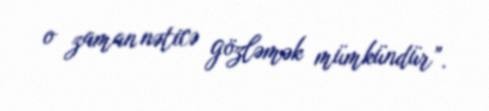
o zaman nəticə gözləmək mümkündür”.